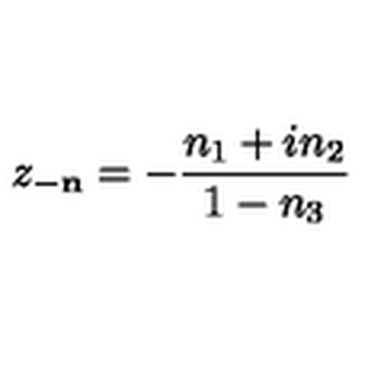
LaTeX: z _ { - { \bf n } } = - \frac { n _ { 1 } + i n _ { 2 } } { 1 - n _ { 3 } }